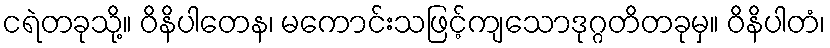
ငရဲတခုသို့။ ဝိနိပါတေန၊ မကောင်းသဖြင့်ကျသောဒုဂ္ဂတိတခုမှ။ ဝိနိပါတံ၊